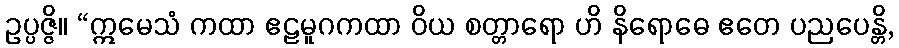
ဥပ္ပဇ္ဇိ။ “ဣမေသံ ကထာ ဧဠမူဂကထာ ဝိယ စတ္တာရော ဟိ နိရောဓေ ဧတေ ပညပေန္တိ,